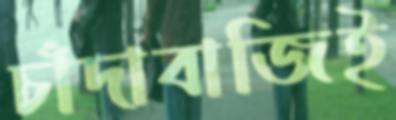
চাঁদাবাজিই